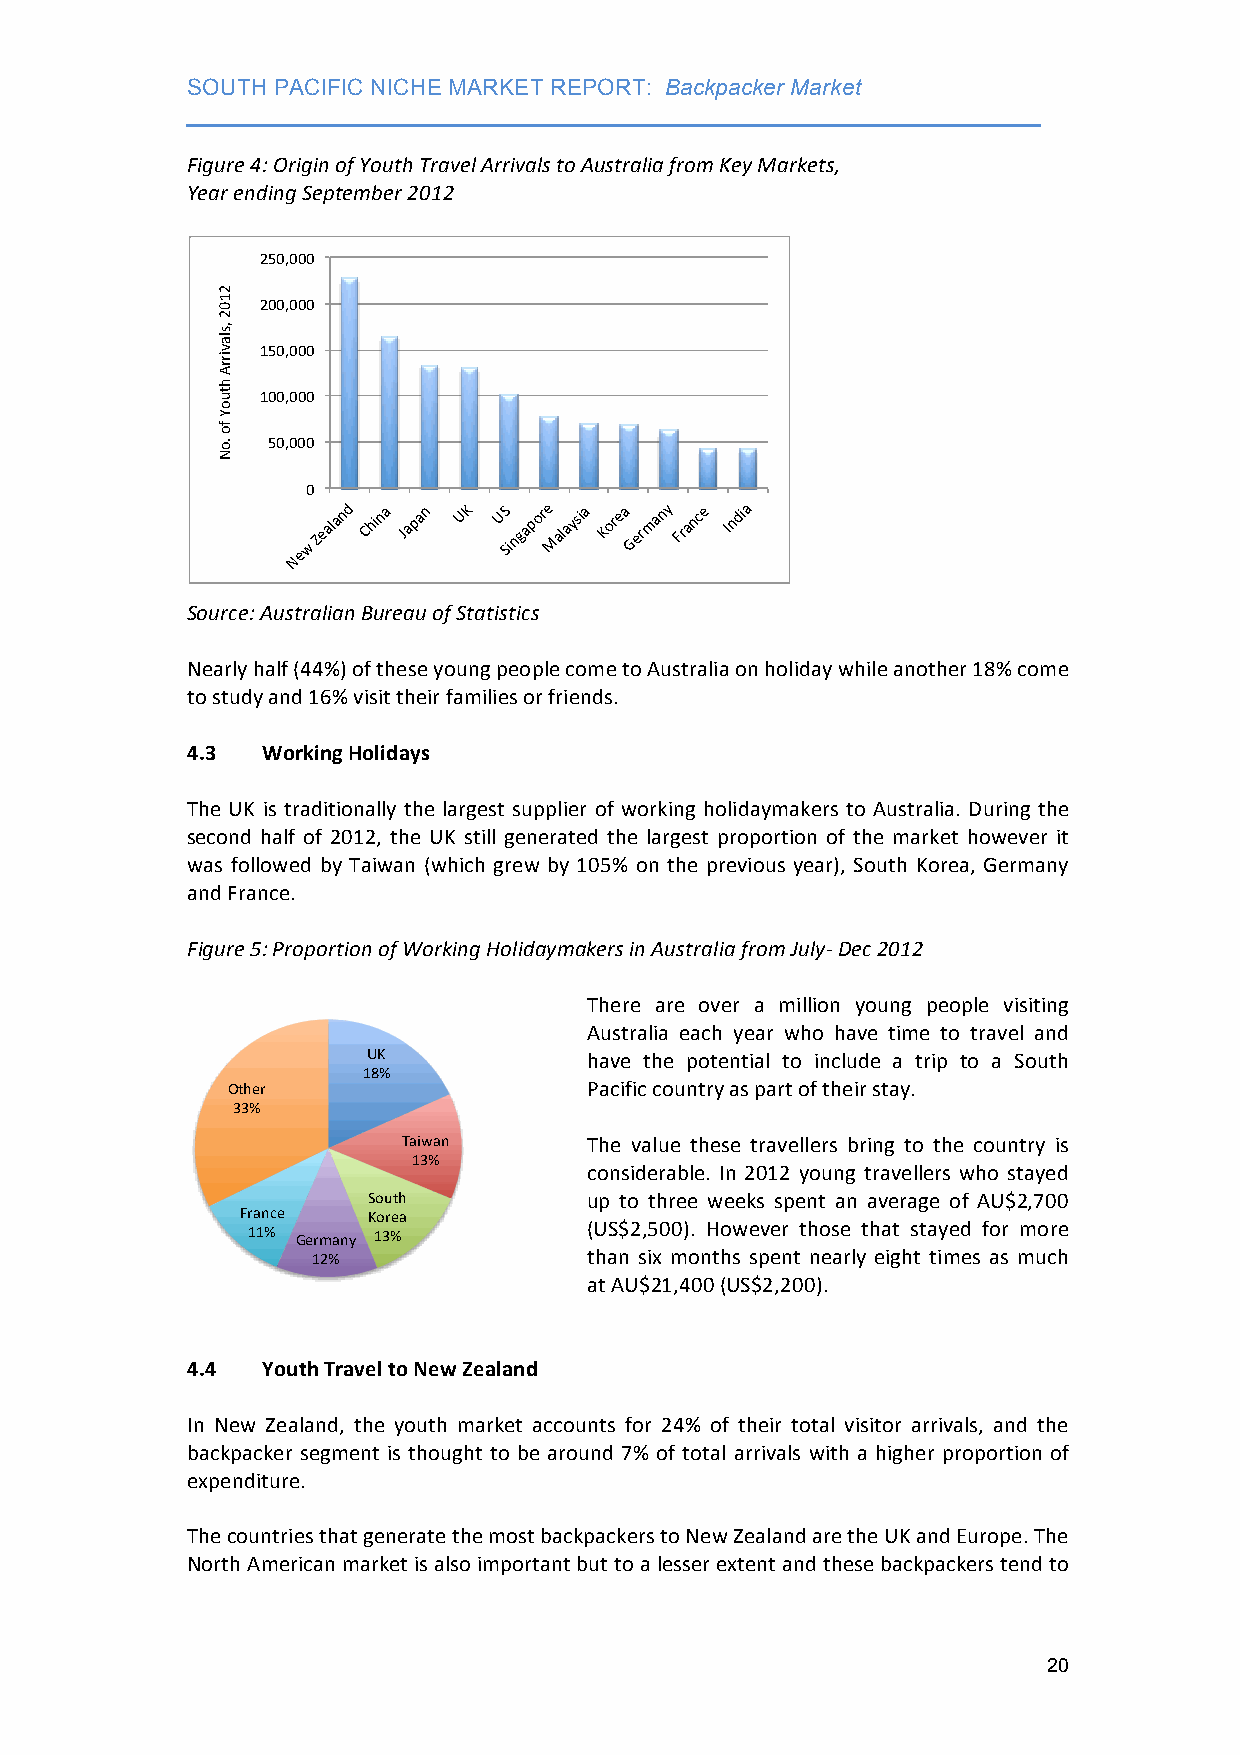
SOUTH PACIFIC NICHE MARKET REPORT: Backpacker Market
 ___________________________________________________________________
 Figure 4: Origin of Youth Travel Arrivals to Australia from Key Markets,
 Year ending September 2012
 250,000"
 200,000"
 150,000"
 100,000"
 50,000"
 0"
 New"Zealand" China"" Japan"" UK" US S" i" ngapore" Malaysia"" Korea"" Germany" France"" India"
 Source: Australian Bureau of Statistics
 Nearly half (44%) of these young people come to Australia on holiday while another 18% come
 to study and 16% visit their families or friends.
 4.3  Working Holidays
 The UK is traditionally the largest supplier of working holidaymakers to Australia. During the
 second half of 2012, the UK still generated the largest proportion of the market however it
 was followed by Taiwan (which grew by 105% on the previous year), South Korea, Germany
 and France.
 Figure 5: Proportion of Working Holidaymakers in Australia from July-­‐ Dec 2012
 There are over a million young people visiting
 Australia each year who have time to travel and
 UK#            have the potential to include a trip to a South
 18%#
 Other#                  Pacific country as part of their stay.
 33%#
 Taiwan#     The value these travellers bring to the country is
 13%#
 considerable. In 2012 young travellers who stayed
 South#         up to three weeks spent an average of AU$2,700
 France# Korea#
 (US$2,500). However those that stayed for more
 11%# Germany# 13%#
 12%#              than six months spent nearly eight times as much
 at AU$21,400 (US$2,200).
 4.4  Youth Travel to New Zealand
 In New Zealand, the youth market accounts for 24% of their total visitor arrivals, and the
 backpacker segment is thought to be around 7% of total arrivals with a higher proportion of
 expenditure.
 The countries that generate the most backpackers to New Zealand are the UK and Europe. The
 North American market is also important but to a lesser extent and these backpackers tend to
 20
 "2102",slavirrA"htuoY"fo".oN
 "